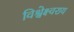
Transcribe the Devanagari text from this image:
विश्वेक्ष्वराय